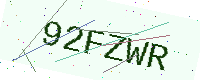
Text: 92FZWR